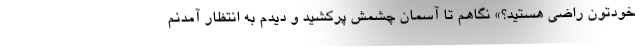
خودتون راضی هستید؟» نگاهم تا آسمان چشمش پرکشید و دیدم به انتظار آمدنم